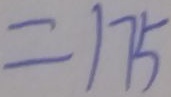
= 1 7 5